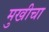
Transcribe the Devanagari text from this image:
मुखीचा